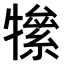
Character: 𤛡